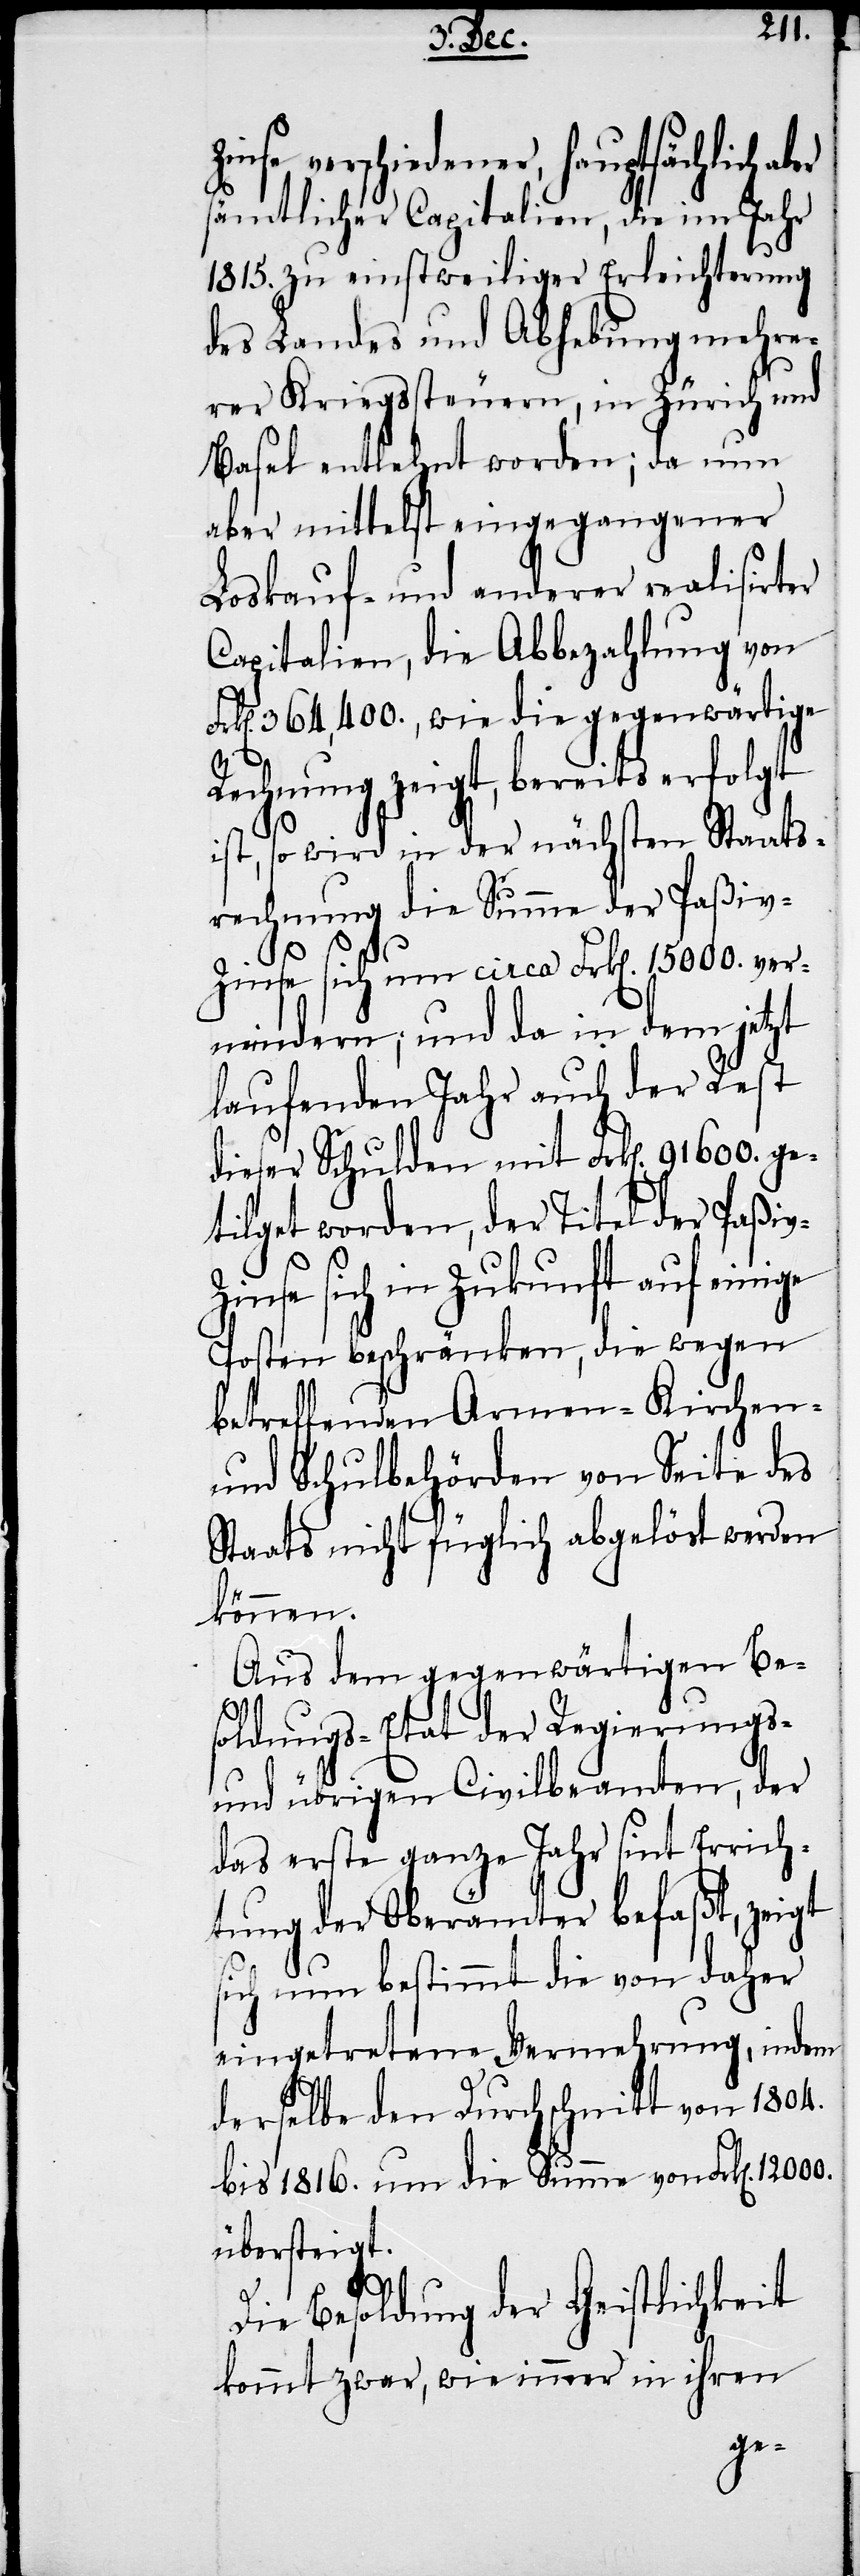
Zinse verschiedener, hauptsächlich
sämtlicher Capitalien, die im Jahr
1815. zu einstweiliger Erleichterung
des Landes und Abhebung mehre¬
rer Kriegssteuern, in Zürich und
Basel entlehnt worden; da nun
aber mittelst eingegangener
Loskauf- und anderer realisirter
Capitalien, die Abbezahlung von
Frk[en]. 364,400., wie die gegenwärtige
Rechnung zeigt, bereits erfolgt
ist, so wird in der nächsten Staats¬
rechnung die Summe der Paßiv-Z¬
inse sich um circa Frk[en]. 15000. ver¬
mindern; und da in dem jetzt
laufenden Jahr auch der Rest
dieser Schulden mit Frk[en]. 91600. ge¬
tilget worden, der Titel der Paßiv-Z¬
inse sich in Zukunft auf einige
Posten beschränken, die wegen
betreffenden Armen- Kirchen-
und Schulbehörden von Seite des
Staats nicht füglich abgelöst werden
können.
Aus dem gegenwärtigen Bes¬
oldungs-Etat der Regierungs-
und übrigen Civilbeamten, der
das erste ganze Jahr sint Errich¬
tung der Oberämter befaßt, zeigt
sich nun bestimmt die von daher
eingetretene Vermehrung, indem
derselbe den Durchschnitt von 1804.
bis 1816. um die Summe von Frk[en].
übersteigt.
Die Besoldung der Geistlichkeit
kommt zwar, wie immer in ihren